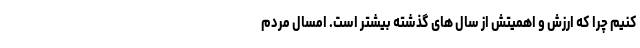
کنیم چرا که ارزش و اهمیتش از سال های گذشته بیشتر است. امسال مردم